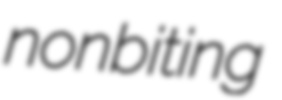
nonbiting